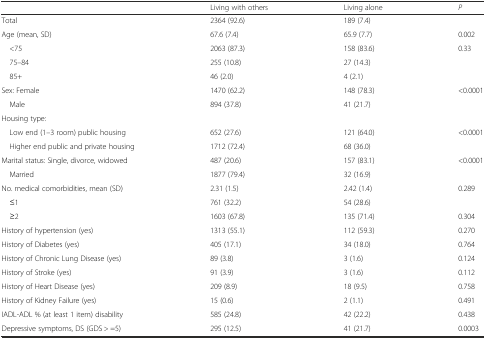
<table><thead><tr><td></td><td><b>Living with others</b></td><td><b>Living alone</b></td><td><b><i>P</i></b></td></tr></thead><tbody><tr><td>Total</td><td>2364 (92.6)</td><td>189 (7.4)</td><td></td></tr><tr><td>Age (mean, SD)</td><td>67.6 (7.4)</td><td>65.9 (7.7)</td><td>0.002</td></tr><tr><td> &lt;75</td><td>2063 (87.3)</td><td>158 (83.6)</td><td>0.33</td></tr><tr><td> 75–84</td><td>255 (10.8)</td><td>27 (14.3)</td><td></td></tr><tr><td> 85+</td><td>46 (2.0)</td><td>4 (2.1)</td><td></td></tr><tr><td>Sex: Female</td><td>1470 (62.2)</td><td>148 (78.3)</td><td>&lt;0.0001</td></tr><tr><td> Male</td><td>894 (37.8)</td><td>41 (21.7)</td><td></td></tr><tr><td>Housing type:</td><td></td><td></td><td></td></tr><tr><td> Low end (1–3 room) public housing</td><td>652 (27.6)</td><td>121 (64.0)</td><td>&lt;0.0001</td></tr><tr><td> Higher end public and private housing</td><td>1712 (72.4)</td><td>68 (36.0)</td><td></td></tr><tr><td>Marital status: Single, divorce, widowed</td><td>487 (20.6)</td><td>157 (83.1)</td><td>&lt;0.0001</td></tr><tr><td> Married</td><td>1877 (79.4)</td><td>32 (16.9)</td><td></td></tr><tr><td>No. medical comorbidities, mean (SD)</td><td>2.31 (1.5)</td><td>2.42 (1.4)</td><td>0.289</td></tr><tr><td> ≤1</td><td>761 (32.2)</td><td>54 (28.6)</td><td></td></tr><tr><td> ≥2</td><td>1603 (67.8)</td><td>135 (71.4)</td><td>0.304</td></tr><tr><td>History of hypertension (yes)</td><td>1313 (55.1)</td><td>112 (59.3)</td><td>0.270</td></tr><tr><td>History of Diabetes (yes)</td><td>405 (17.1)</td><td>34 (18.0)</td><td>0.764</td></tr><tr><td>History of Chronic Lung Disease (yes)</td><td>89 (3.8)</td><td>3 (1.6)</td><td>0.124</td></tr><tr><td>History of Stroke (yes)</td><td>91 (3.9)</td><td>3 (1.6)</td><td>0.112</td></tr><tr><td>History of Heart Disease (yes)</td><td>209 (8.9)</td><td>18 (9.5)</td><td>0.758</td></tr><tr><td>History of Kidney Failure (yes)</td><td>15 (0.6)</td><td>2 (1.1)</td><td>0.491</td></tr><tr><td>IADL-ADL % (at least 1 item) disability</td><td>585 (24.8)</td><td>42 (22.2)</td><td>0.438</td></tr><tr><td>Depressive symptoms, DS (GDS &gt; =5)</td><td>295 (12.5)</td><td>41 (21.7)</td><td>0.0003</td></tr></tbody></table>